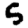
Digit: 5